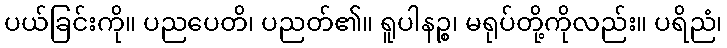
ပယ်ခြင်းကို။ ပညပေတိ၊ ပညတ်၏။ ရူပါနဉ္စ၊ မရုပ်တို့ကိုလည်း။ ပရိညံ၊